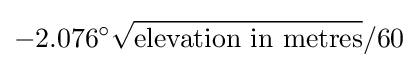
-2.076^{\circ }{\sqrt {\text{elevation in metres}}}/60